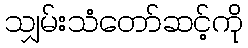
သျှမ်းသံတော်ဆင့်ကို